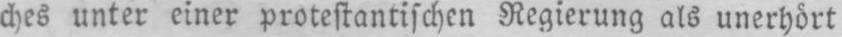
ches unter einer protestantischen Regierung als unerhört